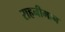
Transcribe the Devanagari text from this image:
राहनीमान